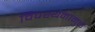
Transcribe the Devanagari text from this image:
विपश्यनामुळे